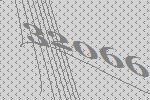
32066